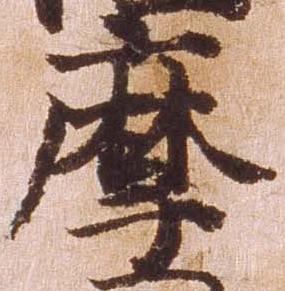
摩